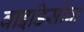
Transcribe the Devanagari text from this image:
वाइडिसोवा